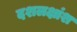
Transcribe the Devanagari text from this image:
दशलक्षांश